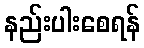
နည်းပါးစေရန်